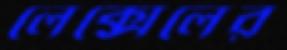
লেক্সেলের